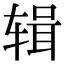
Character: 辑